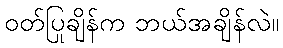
ဝတ်ပြုချိန်က ဘယ်အချိန်လဲ။